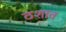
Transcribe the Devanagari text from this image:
ठशात